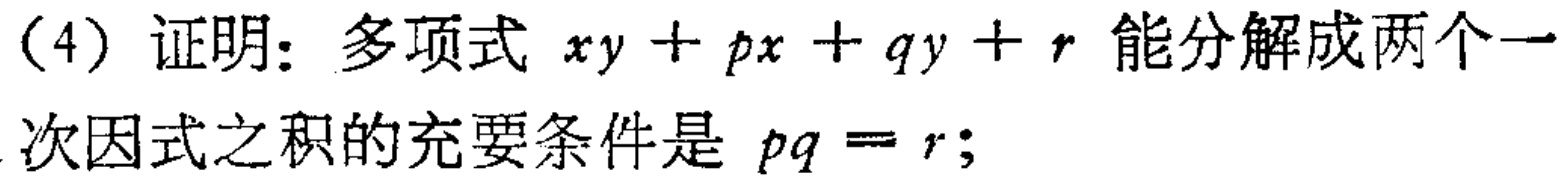
(4) 证明：多项式 \(xy + px + qy + r\) 能分解成两个一次因式之积的充要条件是 \(pq = r\)；